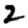
Digit: 2